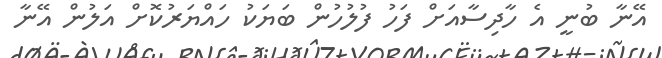
އޭނާ ބުނީ އެ ހާދިސާއަށް ފަހު ފުލުހުން ބަޔަކު ހައްޔަރުކޮށް އަލުން އޭނާ